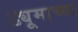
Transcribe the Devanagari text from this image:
ड्यूमाच्या